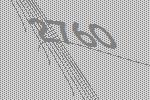
2760